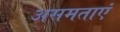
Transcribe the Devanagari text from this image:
असमताएं